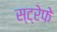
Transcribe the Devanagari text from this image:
स्ट्रेफे